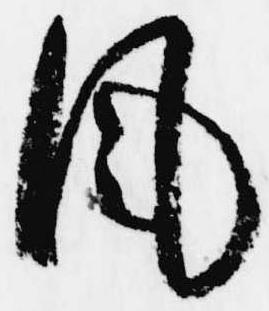
風